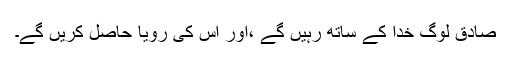
صادق لوگ خدا کے ساتھ رہیں گے ،اور اُس کی رویا حاصل کریں گے۔